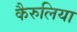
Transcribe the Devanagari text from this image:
कैरुलिया